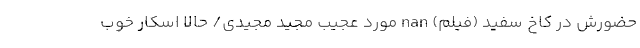
حضورش در کاخ سفید (فیلم) nan مورد عجیب مجید مجیدی/ حالا اسکار خوب